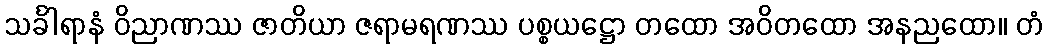
သင်္ခါရာနံ ဝိညာဏဿ ဇာတိယာ ဇရာမရဏဿ ပစ္စယဋ္ဌော တထော အဝိတထော အနညထော။ တံ